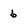
Character: 6